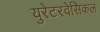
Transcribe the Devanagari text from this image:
युरेटरवेसिकल